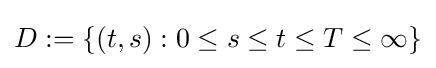
D:=\{(t,s):0\leq s\leq t\leq T\leq \infty \}